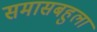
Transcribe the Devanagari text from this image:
समासबहुला